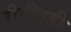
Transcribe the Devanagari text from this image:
रीतीतही